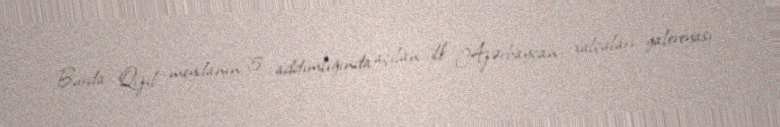
Burda Qızıl meydanın 5 addımlığında açılan ilk Azərbaycan xalçaları galereyası